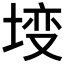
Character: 𡍣